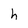
Character: h